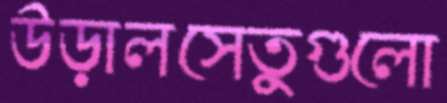
উড়ালসেতুগুলো